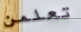
تعلمن